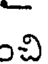
చి